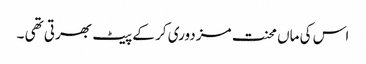
اس کی ماں محنت مزدوری کر کے پیٹ بھرتی تھی ۔